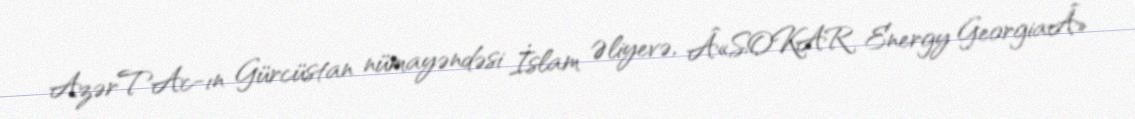
AzərTAc-ın Gürcüstan nümayəndəsi İslam Əliyevə, Â«SOKAR Energy GeorgiaÂ»